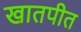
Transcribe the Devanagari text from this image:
खातपीत